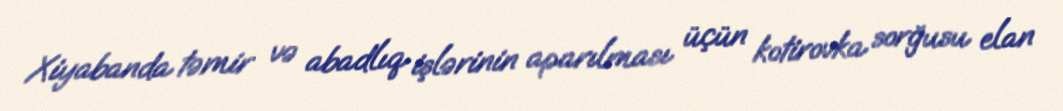
Xiyabanda təmir və abadlıq işlərinin aparılması üçün kotirovka sorğusu elan